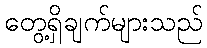
တွေ့ရှိချက်များသည်